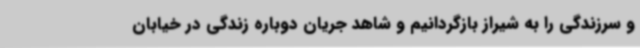
و سرزندگی را به شیراز بازگردانیم و شاهد جریان دوباره زندگی در خیابان